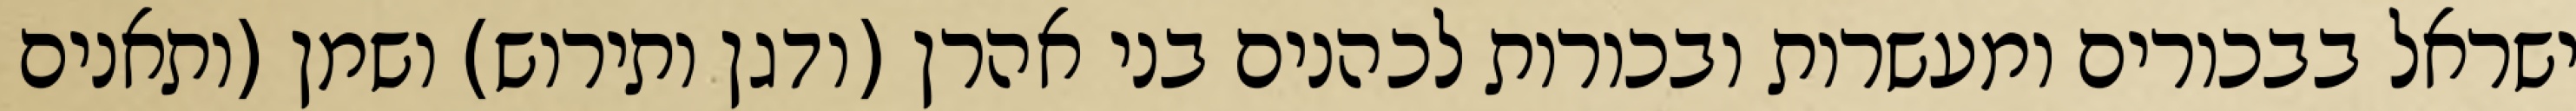
ישראל בבכורים ומעשרות ובכורות לכהנים בני אהרן (ודגן ותירוש) ושמן (ותאנים